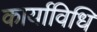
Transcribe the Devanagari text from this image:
कार्याविधि